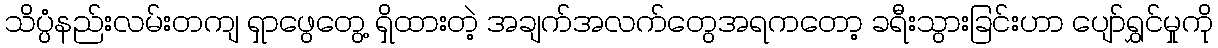
သိပ္ပံနည်းလမ်းတကျ ရှာဖွေတွေ့ ရှိထားတဲ့ အချက်အလက်တွေအရကတော့ ခရီးသွားခြင်းဟာ ပျော်ရွှင်မှုကို